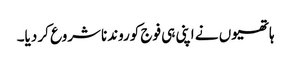
ہاتھیوں نے اپنی ہی فوج کوروندناشروع کر دیا۔